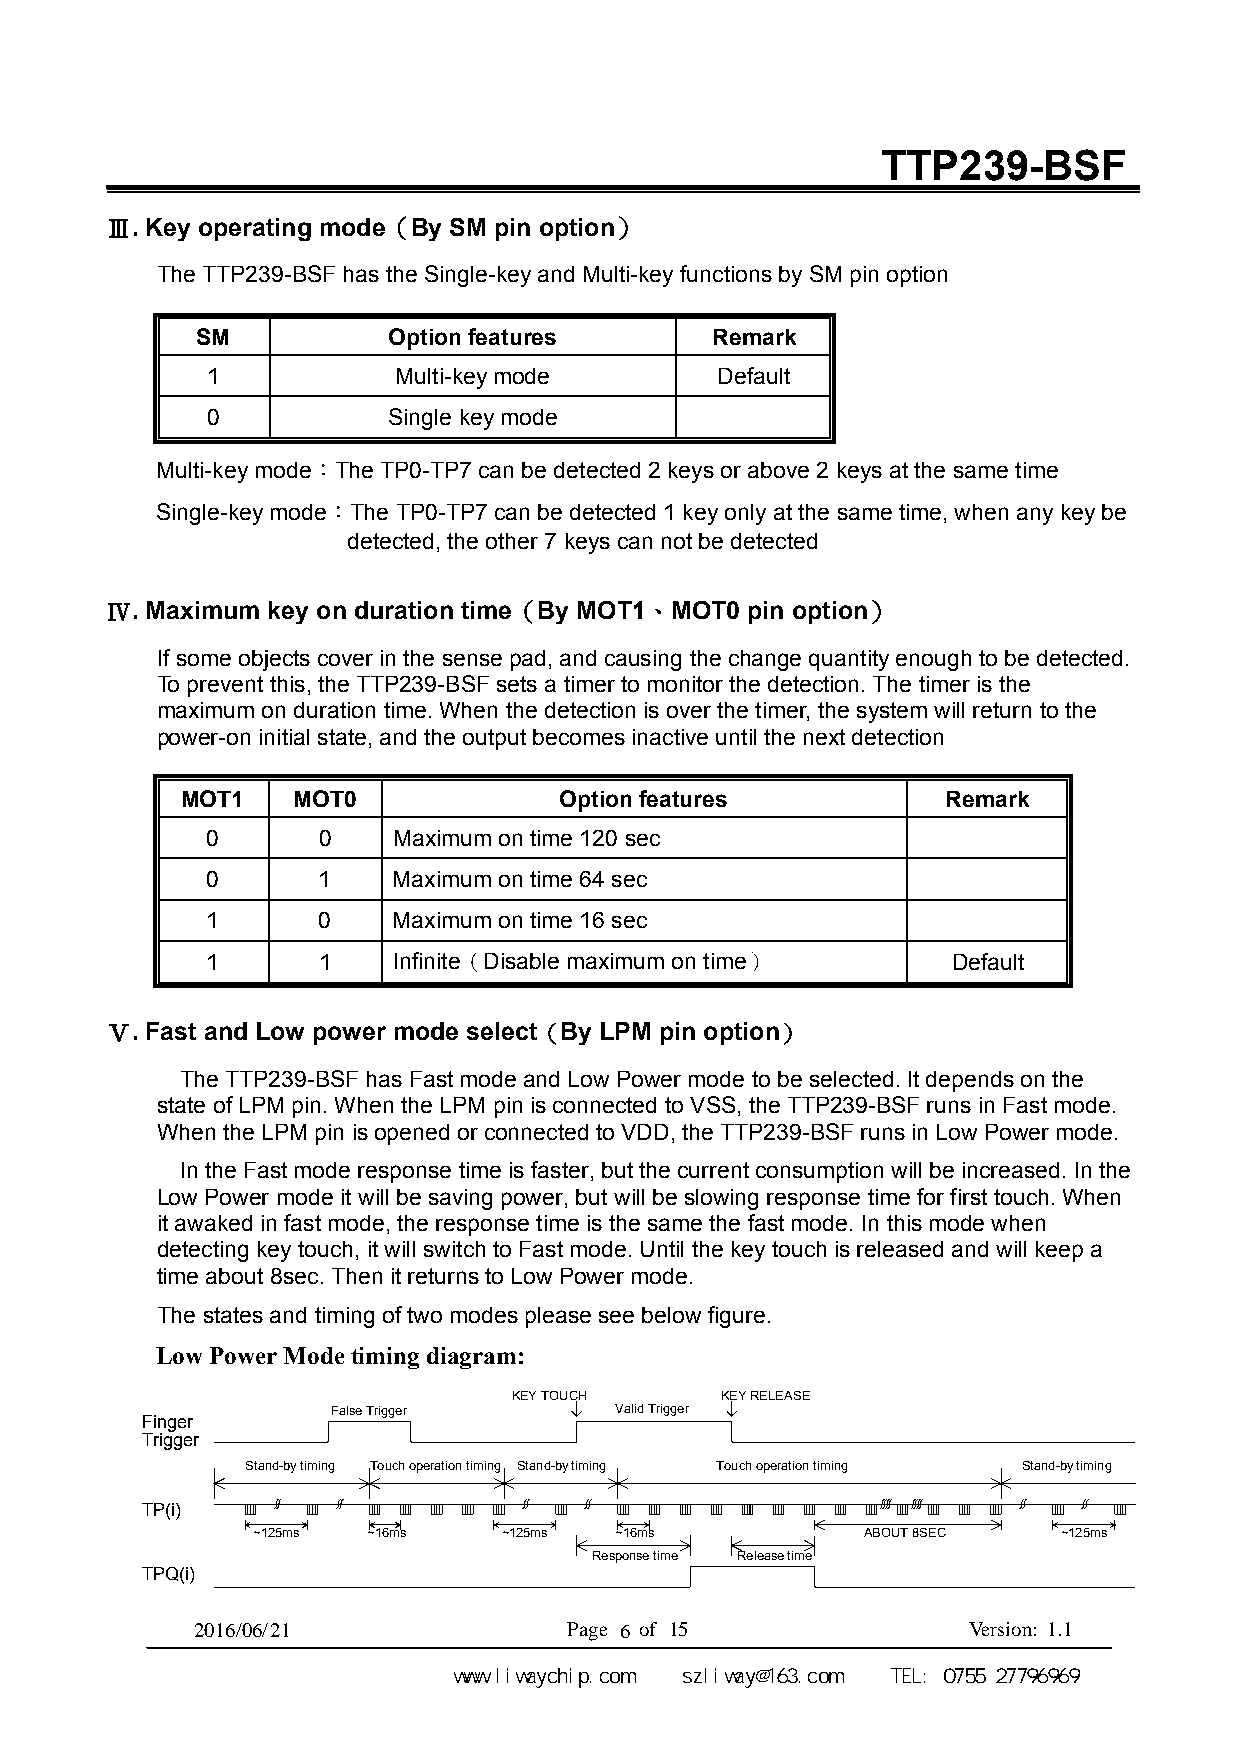
TTP239-BSF
 Ⅲ. Key operating mode（By SM pin option）
 The TTP239-BSF has the Single-key and Multi-key functions by SM pin option
 SM           Option features      Remark
 1           Multi-key mode        Default
 0           Single key mode
 Multi-key mode：The TP0-TP7 can be detected 2 keys or above 2 keys at the same time
 Single-key mode：The TP0-TP7 can be detected 1 key only at the same time, when any key be
 detected, the other 7 keys can not be detected
 Ⅳ. Maximum key on duration time（By MOT1、MOT0 pin option）
 If some objects cover in the sense pad, and causing the change quantity enough to be detected.
 To prevent this, the TTP239-BSF sets a timer to monitor the detection. The timer is the
 maximum on duration time. When the detection is over the timer, the system will return to the
 power-on initial state, and the output becomes inactive until the next detection
 MOT1   MOT0              Option features           Remark
 0      0    Maximum on time 120 sec
 0      1    Maximum on time 64 sec
 1      0    Maximum on time 16 sec
 1      1    Infinite（Disable maximum on time）    Default
 Ⅴ. Fast and Low power mode select（By LPM pin option）
 The TTP239-BSF has Fast mode and Low Power mode to be selected. It depends on the
 state of LPM pin. When the LPM pin is connected to VSS, the TTP239-BSF runs in Fast mode.
 When the LPM pin is opened or connected to VDD, the TTP239-BSF runs in Low Power mode.
 In the Fast mode response time is faster, but the current consumption will be increased. In the
 Low Power mode it will be saving power, but will be slowing response time for first touch. When
 it awaked in fast mode, the response time is the same the fast mode. In this mode when
 detecting key touch, it will switch to Fast mode. Until the key touch is released and will keep a
 time about 8sec. Then it returns to Low Power mode.
 The states and timing of two modes please see below figure.
 Low Power Mode timing diagram:
 KEY TOUCH     KEY RELEASE
 False Trigger      Valid Trigger
 Finger
 Trigger
 Stand-by timing Touch operation timing Stand-by timing Touch operation timing Stand-by timing
 TP(i)
 ~125ms ~16ms    ~125ms  ~16ms           ABOUT 8SEC   ~125ms
 Response time Release time
 TPQ(i)
 2016/0 6 /2 1            P a g e 6 of 15           V er sion: 1 .1
 深圳市力威微科技有限公司     www.liwaychip.com szliway@163.com TEL: 0755 27796969